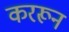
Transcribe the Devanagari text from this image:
कररून